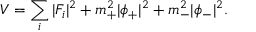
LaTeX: V = \sum _ { i } | F _ { i } | ^ { 2 } + m _ { + } ^ { 2 } | \phi _ { + } | ^ { 2 } + m _ { - } ^ { 2 } | \phi _ { - } | ^ { 2 } .